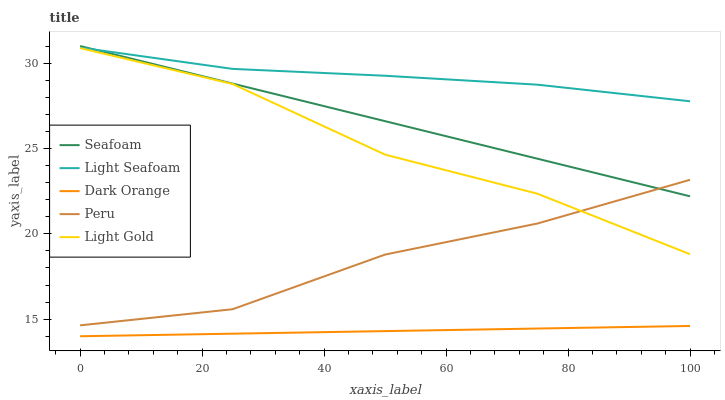
| xaxis_label | Seafoam | Light Seafoam | Dark Orange | Peru | Light Gold |
 | --- | --- | --- | --- | --- | --- |
 | 0 | 31 | 30.9 | 14 | 14.6 | 30.9 |
 | 25 | 28.8 | 29.7 | 14.2 | 15.6 | 28.8 |
 | 50 | 26.6 | 29.3 | 14.3 | 18.8 | 24.6 |
 | 75 | 24.4 | 28.7 | 14.5 | 20.6 | 22.3 |
 | 100 | 22.2 | 27.8 | 14.6 | 23.2 | 18.8 |